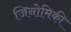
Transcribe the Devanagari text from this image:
जिनोमिकी